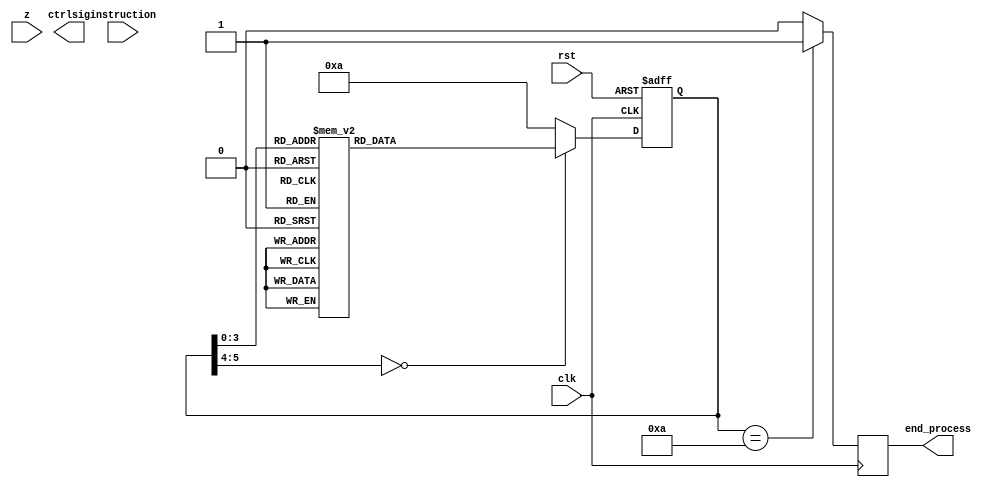
module control(input clk,
					input z,
					input instruction,
					input rst,
			      output reg [15:0] ctrlsig,
					output reg end_process);

reg [5:0] present = 6'd0;
reg [5:0] next = 6'd1;
 
parameter
fetch1 = 6'd0,
fetch2 = 6'd1,
fetch3 = 6'd2,
add1 = 6'd3,
add2 = 6'd4,
add3 = 6'd5,
add4 = 6'd6,
add5 = 6'd7,
add6 = 6'd8,
add7 = 6'd9,
endop = 6'd10;

always @(posedge clk or posedge rst)
begin 
	if (rst == 1)
	present <= fetch1;
	else
	present <= next;
end

always @(posedge clk)
begin
	if (present == endop)
	end_process <= 1'd1;
	else
	end_process <= 1'd0;
end


always @(present)
case(present)
	fetch1: begin
		next <= fetch2 ;
	end
	fetch2: begin
		next <= fetch3 ;
	end
	fetch3: begin
		next <= add1 ;
	end
	add1: begin
		next <= add2 ;
	end
	add2: begin	
		next <= add3 ;
	end
	add3: begin	
		next <= add4 ;
	end
	add4: begin	
		next <= add5 ;
	end
	add5: begin
		next <= add6 ;
	end
	add6: begin
		next <= add7 ;
	end
	add7: begin
		next <= endop;
	end
	endop: begin
		next <= endop;
	end
	default: begin 
		next = endop;
	end
endcase

endmodule